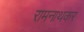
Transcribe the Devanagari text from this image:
रामनाथकर